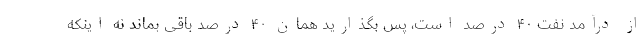
از درآمد نفت ۴۰ درصد است، پس بگذارید همان ۴۰ درصد باقی بماند نه اینکه